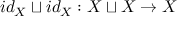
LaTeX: i d _ { X } \sqcup i d _ { X } : X \sqcup X \to X